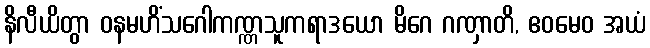
နိလီယိတွာ ဝနမဟိံသဂေါကဏ္ဏသူကရာဒယော မိဂေ ဂဏှာတိ, ဧဝမေဝ အယံ